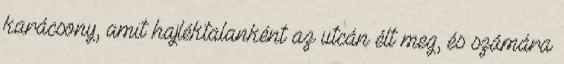
karácsony, amit hajléktalanként az utcán élt meg, és számára